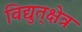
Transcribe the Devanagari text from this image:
विद्युत्‌क्षेत्र